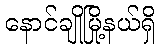
နောင်ချိုမြို့နယ်ရှိ